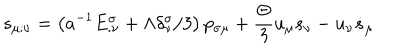
s _ { \mu ; \nu } = \left( a ^ { - 1 } E _ { . \nu } ^ { \sigma } + \Lambda \delta _ { \nu } ^ { \sigma } / 3 \right) p _ { \sigma \mu } + \frac { \Theta } { 3 } u _ { \mu } s _ { \nu } - u _ { \nu } \dot { s } _ { \mu }